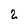
Character: 2